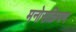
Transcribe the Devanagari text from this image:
मनोसक्रियण